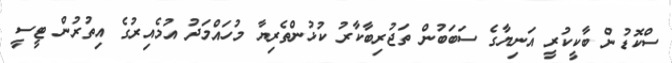
ސްކޮޑުން ބާކީކުރީ އަނިޔާގެ ސަބަބުން ތަޖުރިބާކާރު ކުޅުންތެރިޔާ މުހައްމަދު އުމެއިރުގެ އިތުރުން ޓީސީ